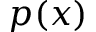
p ( x )